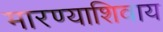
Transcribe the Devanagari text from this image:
मारण्याशिवाय